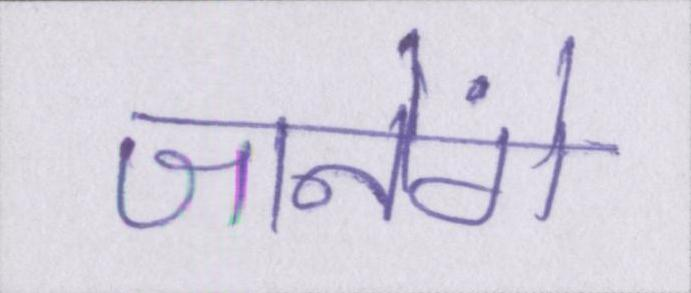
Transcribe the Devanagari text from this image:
जानेंगे